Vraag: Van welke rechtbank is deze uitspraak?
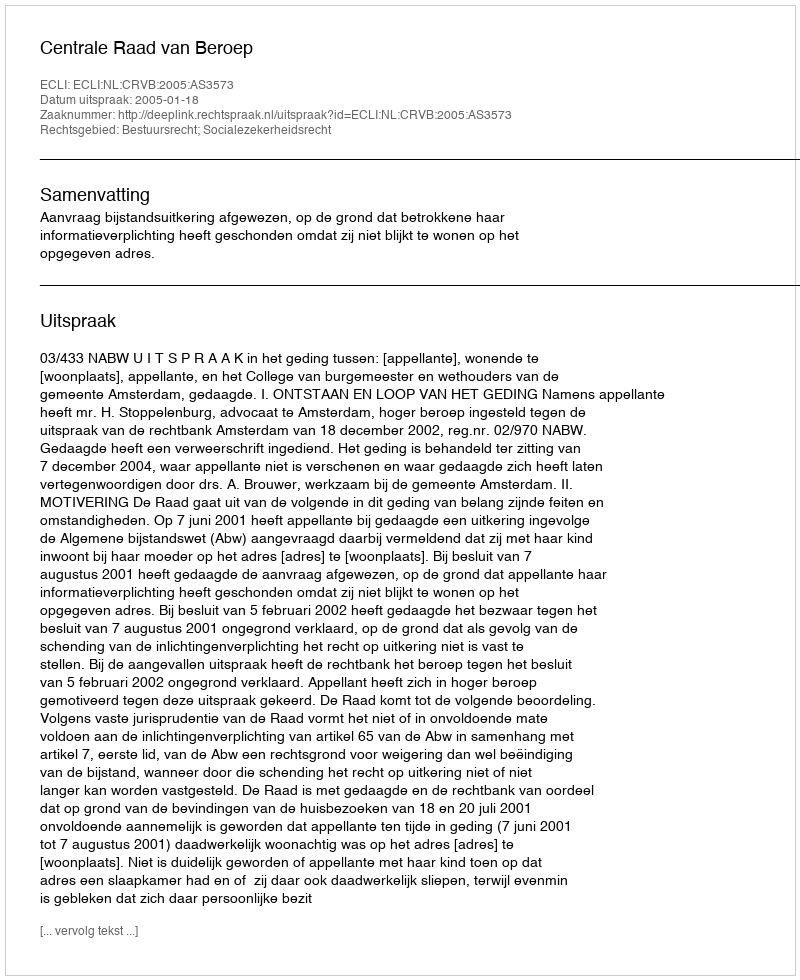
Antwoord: Centrale Raad van Beroep